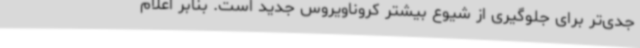
جدی‌تر برای جلوگیری از شیوع بیشتر کروناویروس جدید است. بنابر اعلام